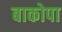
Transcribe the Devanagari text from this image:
बाकोपा